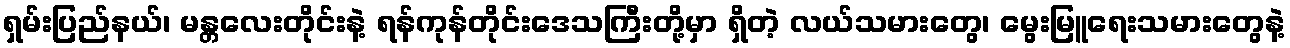
ရှမ်းပြည်နယ်၊ မန္တလေးတိုင်းနဲ့ ရန်ကုန်တိုင်းဒေသကြီးတို့မှာ ရှိတဲ့ လယ်သမားတွေ၊ မွေးမြူရေးသမားတွေနဲ့